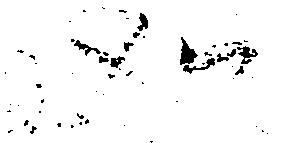
如